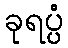
ခုရပ္ပံ